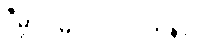
ဒီမှာ ဝမ် ၁၀၀၀၀ တန်ပါ။